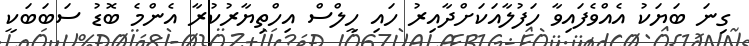
ގިނަ ބަޔަކު އެއްވެފައިވާ ހަފުލާއަކަށްދާއިރު ހައި ހީލްސް އިހްތިޔާރުކުރާ އެންމެ ބޮޑު ސަބަބަކީ